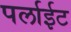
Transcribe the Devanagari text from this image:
पर्लाईट